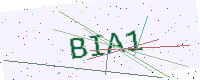
Text: BIA1